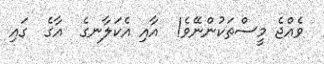
ވެއްޖެ މީސްތަކުންނޭވެ!  އާއި އެކަލާނގެ  އާގެ  ގައި